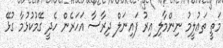
މަތީ ތަޢުލީމު ނިންމާލި އިރު ފައިނަލް ދިރާސާ އަހަރެން ހެދީ ގޭމުކުޅުމާ ގުޅޭ